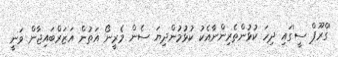
'ގްރޫޕް ސީ'ގައި ދިހަ ކުޅުންތެރިންނާއެކު ކުޅުމުންދިޔަ ސެން މެރީނޯ އަތުން އަޒަރްބައިޖާން ވަނީ